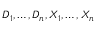
D _ { 1 } , \ldots , D _ { n } , X _ { 1 } , \ldots , X _ { n }